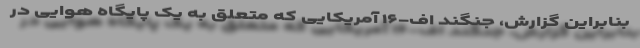
بنابراین گزارش، جنگند اف-۱۶ آمریکایی که متعلق به یک پایگاه هوایی در